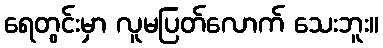
ရေတွင်းမှာ လူမပြတ်လောက် သေးဘူး။